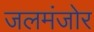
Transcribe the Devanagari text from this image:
जलमंजोर